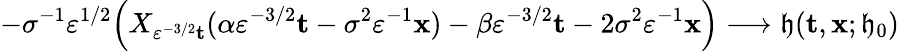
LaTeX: -\sigma^{-1}\varepsilon^{1/2}\Big(X_{\varepsilon^{-3/2}\mathbf{t}}(\alpha\varepsilon^{-3/2}\mathbf{t}-\sigma^{2}\varepsilon^{-1}\mathbf{x})-\beta\varepsilon^{-3/2}\mathbf{t}-2\sigma^{2}\varepsilon^{-1}\mathbf{x}\Big)\longrightarrow\mathfrak{h}(\mathbf{t},\mathbf{x};\mathfrak{h}_{0})